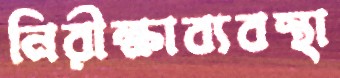
নিরীক্ষাব্যবস্থা